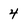
Character: 4